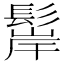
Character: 𩭢